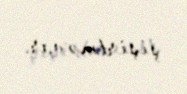
şişirtmə var.